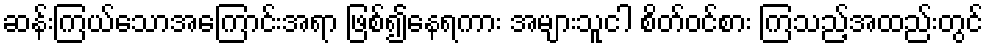
ဆန်းကြယ်သောအကြောင်းအရာ ဖြစ်၍နေရကား အများသူငါ စိတ်ဝင်စား ကြသည့်အထည်းတွင်